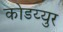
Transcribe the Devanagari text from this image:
कोडय्युर